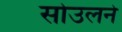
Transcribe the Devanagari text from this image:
सोउलने